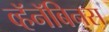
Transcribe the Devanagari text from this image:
व्हॅनॅबिनस